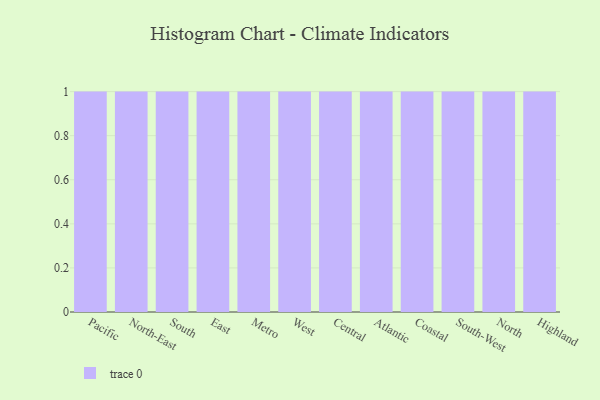
{"axis": {"x": "Region", "y": "Production Output"}, "legend": [""], "data": [{"x": "Pacific", "y": 1, "type": ""}, {"x": "North-East", "y": 9, "type": ""}, {"x": "South", "y": 32, "type": ""}, {"x": "East", "y": 61, "type": ""}, {"x": "Metro", "y": 41, "type": ""}, {"x": "West", "y": 92, "type": ""}, {"x": "Central", "y": 98, "type": ""}, {"x": "Atlantic", "y": 71, "type": ""}, {"x": "Coastal", "y": 100, "type": ""}, {"x": "South-West", "y": 34, "type": ""}, {"x": "North", "y": 77, "type": ""}, {"x": "Highland", "y": 54, "type": ""}]}